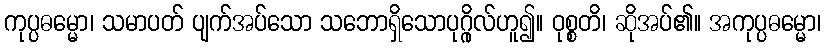
ကုပ္ပဓမ္မော၊ သမာပတ် ပျက်အပ်သော သဘောရှိသောပုဂ္ဂိုလ်ဟူ၍။ ဝုစ္စတိ၊ ဆိုအပ်၏။ အကုပ္ပဓမ္မော၊